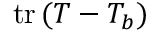
\mathrm { t r } \, ( T - T _ { b } )